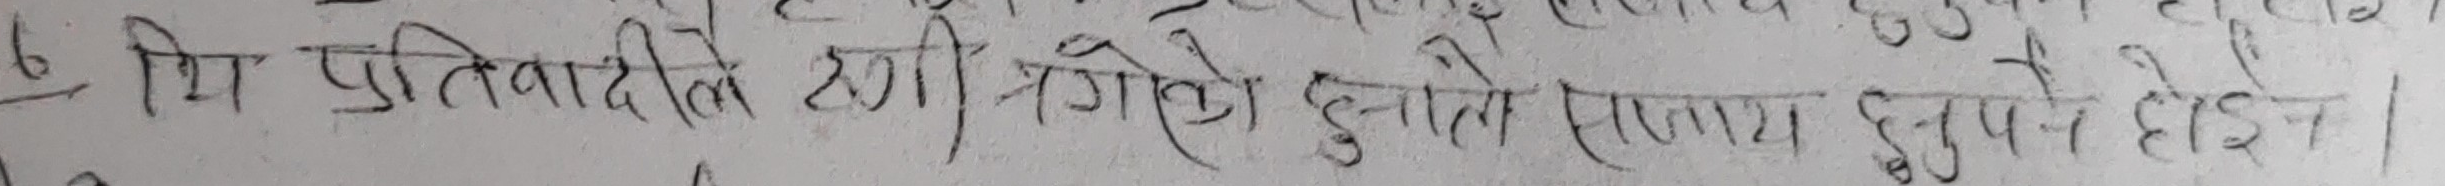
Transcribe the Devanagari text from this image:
६. तर प्रतिवादीले हागी थग्नेको कुने सरुनाथ हुनुपने होइन ।